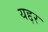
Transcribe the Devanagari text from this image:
यद्दर